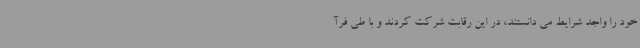
خود را واجد شرایط می دانستند، در این رقابت شرکت کردند و با طی فرآ